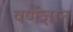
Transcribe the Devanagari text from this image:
वर्णज्ञान